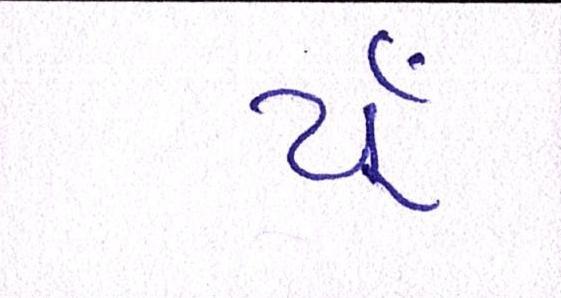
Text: યૂઁ